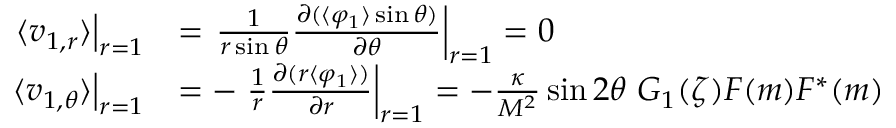
\begin{array} { r l } { \left. \langle v _ { 1 , r } \rangle \right| _ { r = 1 } } & { = \left. \frac { 1 } { r \sin \theta } \frac { \partial ( \langle \varphi _ { 1 } \rangle \sin \theta ) } { \partial \theta } \right| _ { r = 1 } = 0 ~ } \\ { \left. \langle v _ { 1 , \theta } \rangle \right| _ { r = 1 } } & { = - \left. \frac { 1 } { r } \frac { \partial ( r \langle \varphi _ { 1 } \rangle ) } { \partial r } \right| _ { r = 1 } = - \frac { \kappa } { M ^ { 2 } } \sin 2 \theta ~ G _ { 1 } ( \zeta ) F ( m ) F ^ { * } ( m ) } \end{array}